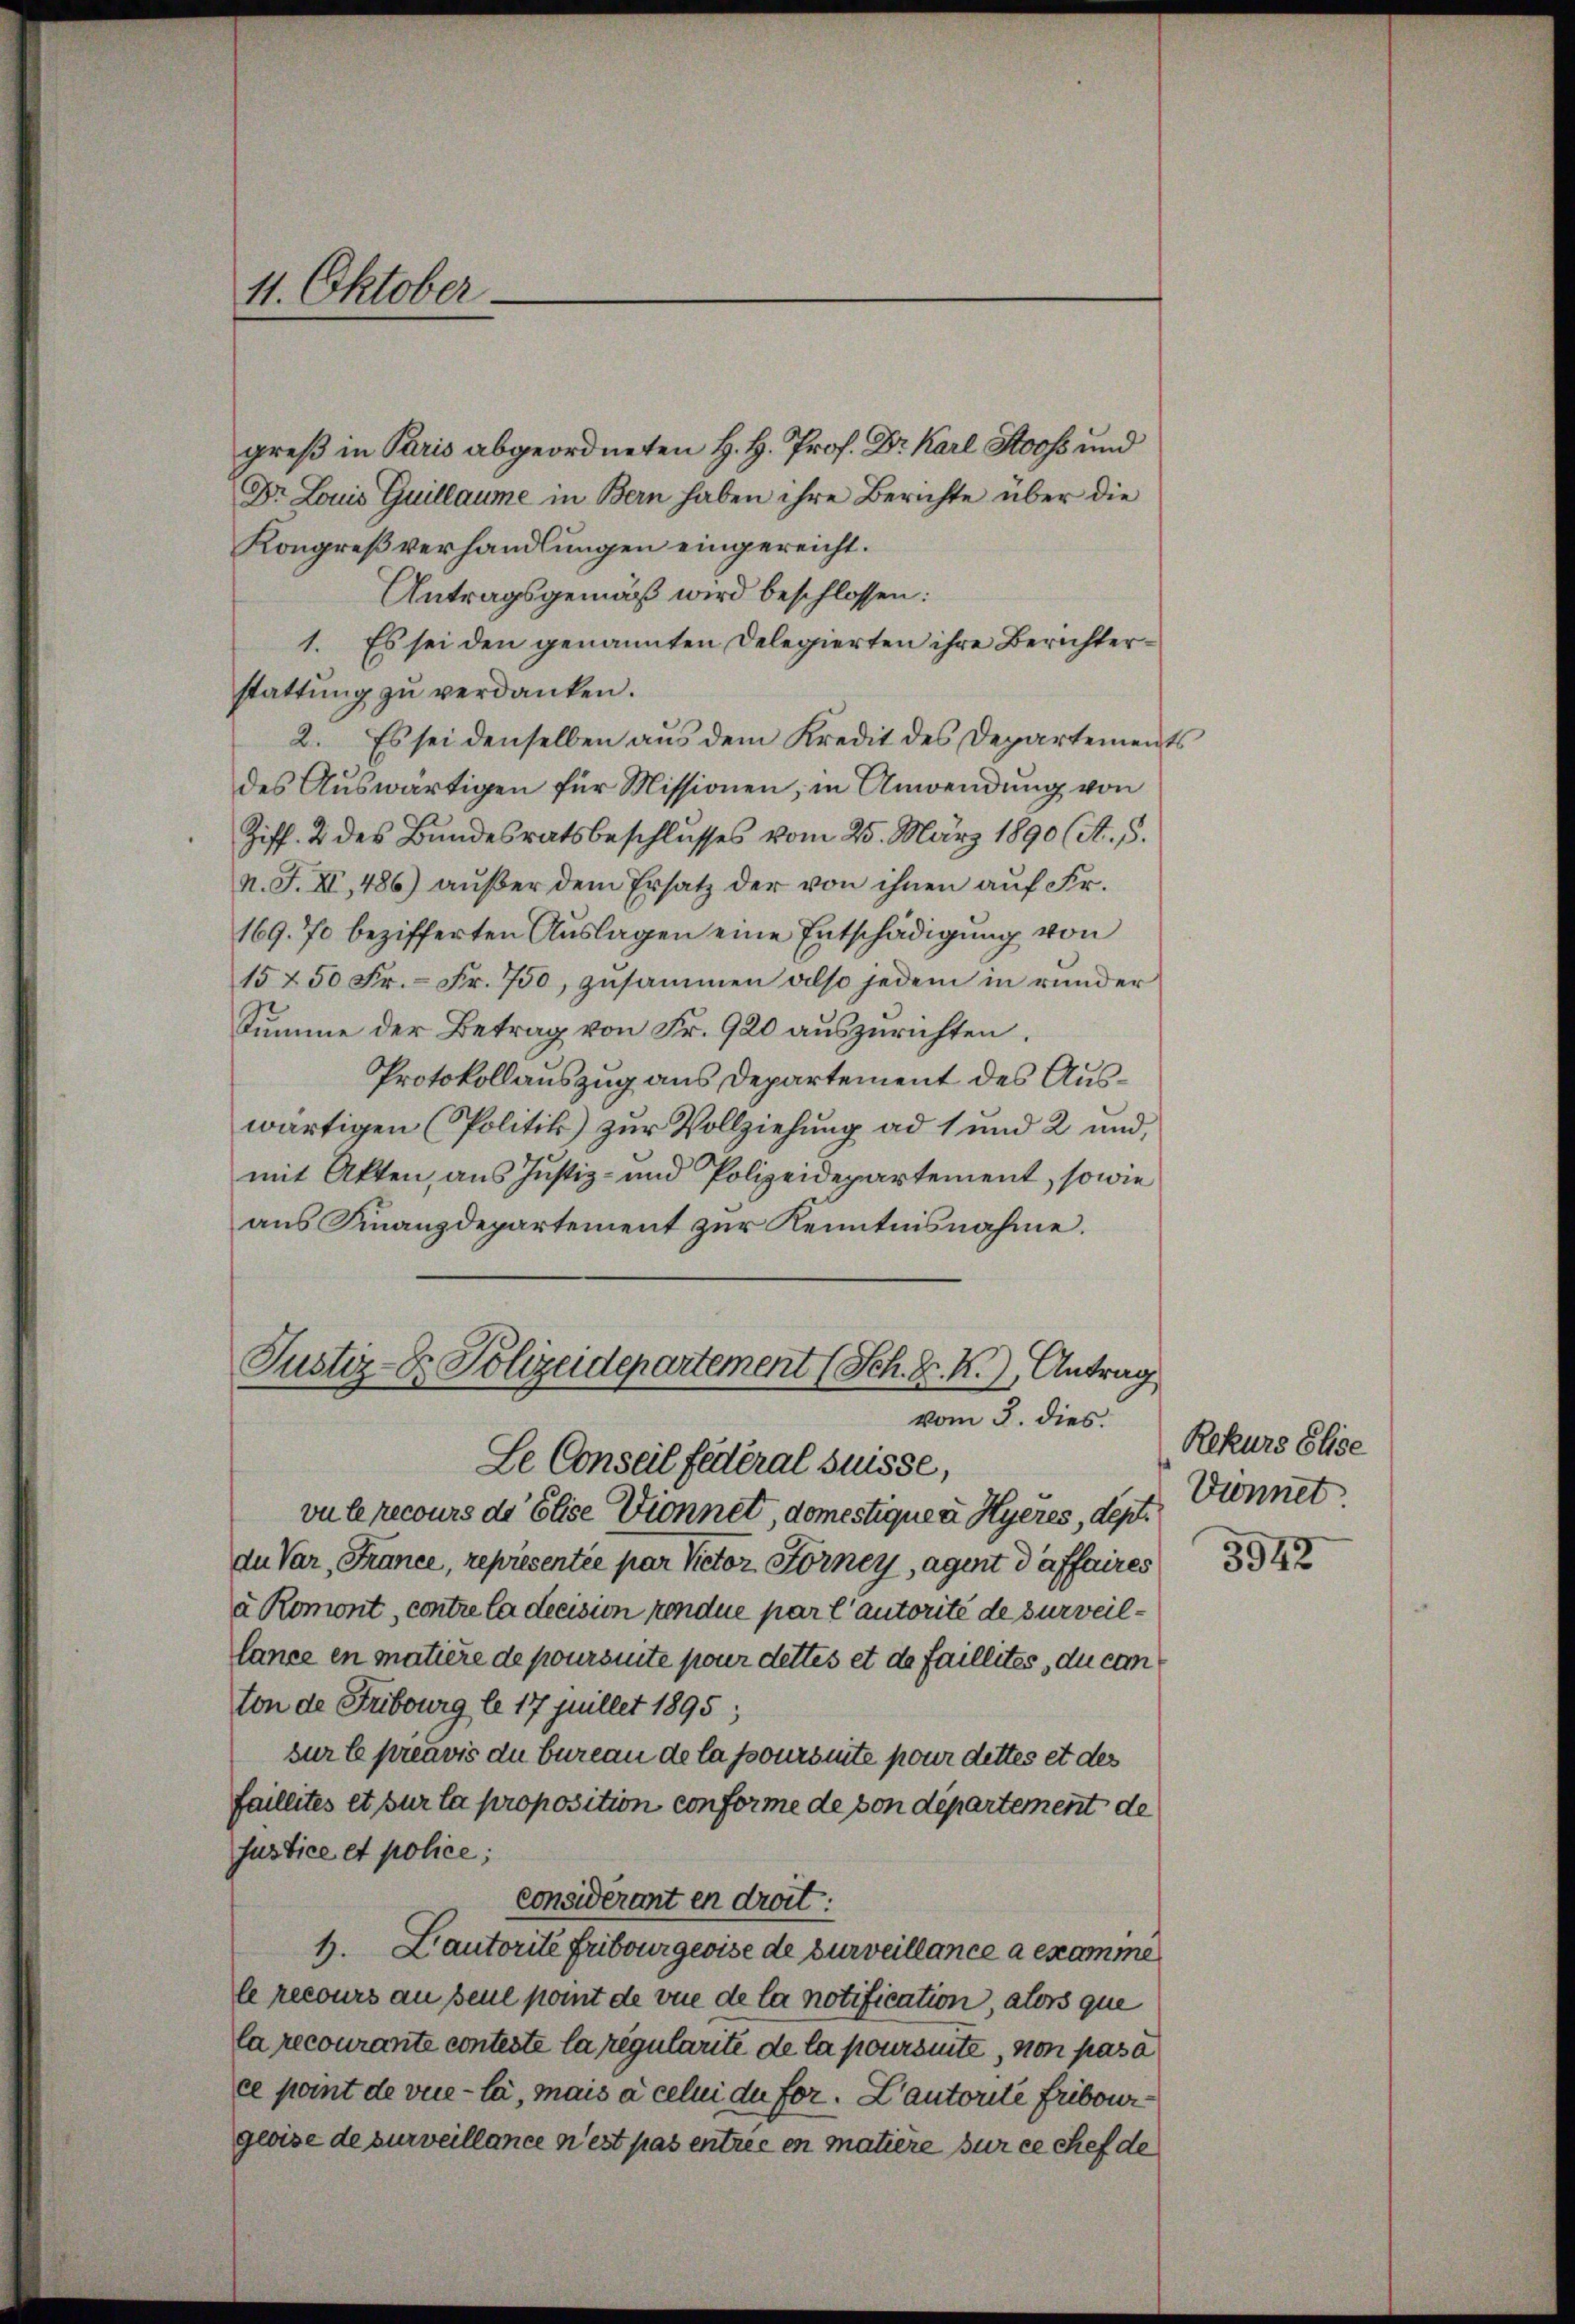
11. Oktober

greß in Paris abgeordneten H. H. Prof. Dr. Karl Stooss und
Dr. Louis Guillaume in Bern haben ihre Berichte über die
Kongreßverhandlungen eingereicht.
Antragsgemäß wird beschlossen:
1. Es sei den genannten Delegierten ihre Berichterstattung zu verdanken.
2. Es sei denselben aŭs dem Kredit des Departements
des Auswärtigen für Missionen, in Anwendung von
Ziff. 2 des Bundesratsbeschlusses vom 25. März 1890 (A. 5.
n. F. XI, 486) außer dem Ersatz der von ihnen auf Fr.
169. 70 bezifferten Auslagen eine Entschädigung von
15250 Fr. - Fr. 750, zusammen also jedem in runder
Summe der Betrag von Fr. 920 auszurichten.
Protokollauszug aus Departement des Auswärtigen (Politik) zur Vollziehung ad 1 und 2 und
mit Akten, aus Justiz- und Polizeidepartement, sowie
aus Finanzdepartement zur Kenntnisnahme.
Justiz- & Polizeidepartement (Sch. K. K. Antrag
vom 3. dies
Se Conseil fédéral Suisse,
vu le recours de Elise Dionnet, domestiquer Hyeres, dest. Donnet.
du Var, France, représentée par Victor Förney, Agent daffaires 184
à Romont, contre la decision rendue par l’autorité de surveillance en matière de poursuite pour dettes et de faillites, du com
ton de Fribourg le 17 Juillet 1895;
sur le préavis du bureau de la poursuite pour dettes et des
faillites et sur la proposition conforme de von département de
sustice et police;
considerant en droit:
1. Lautorité Fribourgeoise de surveillance a examine
le recours an seie point de vue de la notification, alors que
la recourante conteste la regularite de la poursinte, von pas à
ce point de vie-la, mais à cellei du for. L’autorite Fribourggloise de surveillance n’est pas entrée en matière sur ce chef de

Rekurs Elise